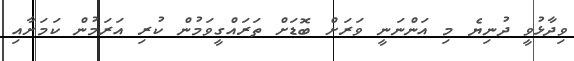
ވިދާޅުވީ ދުނިޔެ މި އަންނަނީ ވަރަށް ބޮޑަށް ތަރައްގީވަމުން ކުރި އަަރަމުން ކަމަށާއި